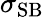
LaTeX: \sigma_{\mathrm{SB}}